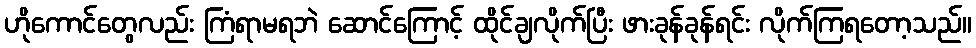
ဟိုကောင်တွေလည်း ကြံရာမရဘဲ ဆောင်ကြောင့် ထိုင်ချလိုက်ပြီး ဖားခုန်ခုန်ရင်း လိုက်ကြရတော့သည်။